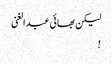
لیکن بھائی عبدالغنی
!